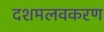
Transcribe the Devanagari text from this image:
दशमलवकरण